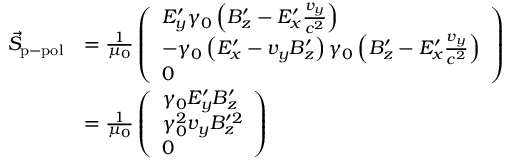
\begin{array} { r l } { \vec { S } _ { \mathrm { p - p o l } } } & { = \frac { 1 } { \mu _ { 0 } } \left( \begin{array} { l } { E _ { y } ^ { \prime } \gamma _ { 0 } \left( B _ { z } ^ { \prime } - E _ { x } ^ { \prime } \frac { v _ { y } } { c ^ { 2 } } \right) } \\ { - \gamma _ { 0 } \left( E _ { x } ^ { \prime } - v _ { y } B _ { z } ^ { \prime } \right) \gamma _ { 0 } \left( B _ { z } ^ { \prime } - E _ { x } ^ { \prime } \frac { v _ { y } } { c ^ { 2 } } \right) } \\ { 0 } \end{array} \right) } \\ & { = \frac { 1 } { \mu _ { 0 } } \left( \begin{array} { l } { \gamma _ { 0 } E _ { y } ^ { \prime } B _ { z } ^ { \prime } } \\ { \gamma _ { 0 } ^ { 2 } v _ { y } B _ { z } ^ { \prime 2 } } \\ { 0 } \end{array} \right) } \end{array}